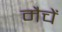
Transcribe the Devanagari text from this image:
मैचें